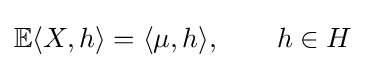
\mathbb {E} \langle X,h\rangle =\langle \mu ,h\rangle ,\qquad h\in H